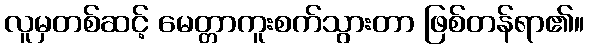
လူမှတစ်ဆင့် မေတ္တာကူးစက်သွားတာ ဖြစ်တန်ရာ၏။